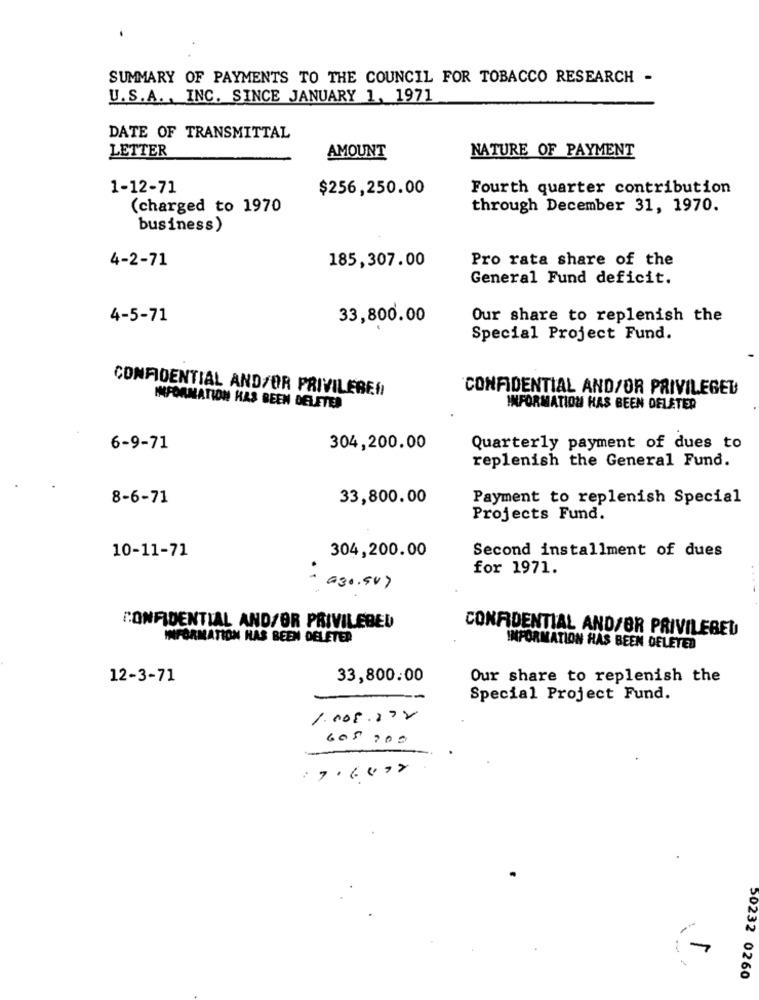
SUMMARY OF PAYMENTS TO THE COUNCIL FOR TOBACCO RESEARCH -
U.S.A ., INC. SINCE JANUARY 1, 1971
DATE OF TRANSMITTAL
LETTER
NATURE OF PAYMENT
AMOUNT
1-12-71
$256,250.00
Fourth quarter contribution
(charged to 1970
through December 31, 1970.
business)
4-2-71
185,307.00
Pro rata share of the
General Fund deficit.
4-5-71
33,800.00
Our share to replenish the
Special Project Fund.
CONFIDENTIAL AND/OR PRIVILEBEI
CONFIDENTIAL AND/OR PRIVILEGED
INFORMATION HAS BEEN DELETED
INFORMATION HAS BEEN DELETED
6-9-71
304,200.00
Quarterly payment of dues to
replenish the General Fund.
8-6-71
33,800.00
Payment to replenish Special
Projects Fund.
304,200.00
10-11-71
Second installment of dues
for 1971.
930.547
CONFIDENTIAL AND/OR PRIVILEBED
CONFIDENTIAL AND/OR PRIVILEBED
INFORMATION HAS BEEN DELETER
INFORMATION HAS BEEN DELETED
12-3-71
33,800.00
Our share to replenish the
Special Project Fund.
1.008.272
605 200
17.6072
50232 0260